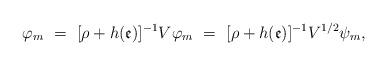
LaTeX: \begin{align*}{\varphi }_{m}\ =\ [\rho +h(\mathfrak{e})]^{-1}V{\varphi }_{m}\ =\ [\rho +h(\mathfrak{e})]^{-1}V^{1/2}\psi _{m}, \end{align*}